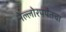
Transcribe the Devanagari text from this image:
नेल्लोरपर्यंतचा